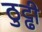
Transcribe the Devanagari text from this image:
ठुट्ढी